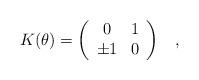
LaTeX: \begin{align*}K(\theta)=\left(\begin{array}{cc}0& 1\\\pm 1& 0\end{array}\right)\;\;\;,\end{align*}